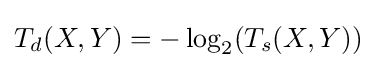
T_{d}(X,Y)=-\log _{2}(T_{s}(X,Y))